Vaccine operations Central Provinces & Berar 1912-1920 - 1912-1920
Year: 1912
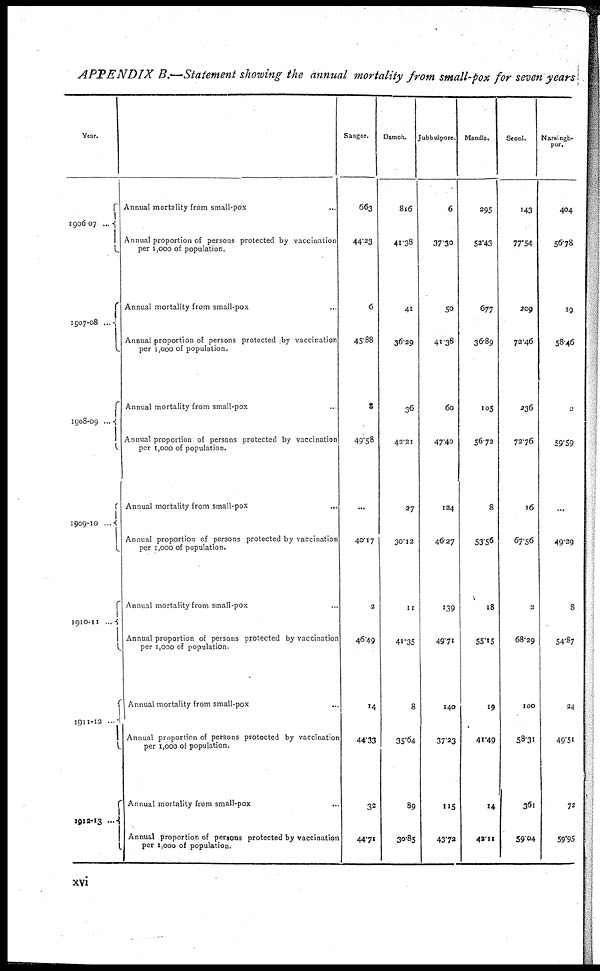
APPENDIX B.—Statement showing the annual mortality from small-pox for seven years
Year.
1906-07 ... ...
1907-08...
1908-09...
1909-10 ...
1910-11...
1911-12
...
1912-13 ...
Annual mortality from small-pox
Annual proportion of persons protected by vaccination
per 1,000 of population.
Annual mortality from small-pox ...
Annual proportion of persons protected by vaccination
per 1,000 of population.
Annual mortality from small-pox ...
Annual proportion of persons protected by vaccination
per 1,000 of population.
Annual mortality from small-pox
...
Annual proportion of persons protected by vaccination
per 1,000 of population.
Annual mortality from small-pox
Annual proportion of persons protected by vaccination
per 1,000 of population.
Annual mortality from small-pox
Annual proportion of persons protected by vaccination
per 1,000 of population.
Annual mortality from small-pox
Annual proportion of persons protected by vaccination
per 1,000 of population.
Saugor.
663
44.23
6
45.88
3
49.58
...
40.17
2
46.49
14
4433
32
44.71
Damoh.
816
41.38
41
36.29
36
42.21
27
30.12
11
41.35
8
35.64
89
30.85
Jubbulpore.
6
37.30
50
41.38
60
47.40
124
46.27
139
49.71
140
37.23
115
43.72
Mandla.
295
52.43
677
36.89
105
56.72
8
53.56
18
55.15
19
41.49
14
42.11
Seoni.
143
77.54
209
72.46
236
72.76
16
67.56
2
68.29
100
58.31
361
59.04
Narsingh¬
pur.
404
56.78
19
58.46
2
59.59
...
49.29
8
54.87
24
49.51
72
59.95
xvi